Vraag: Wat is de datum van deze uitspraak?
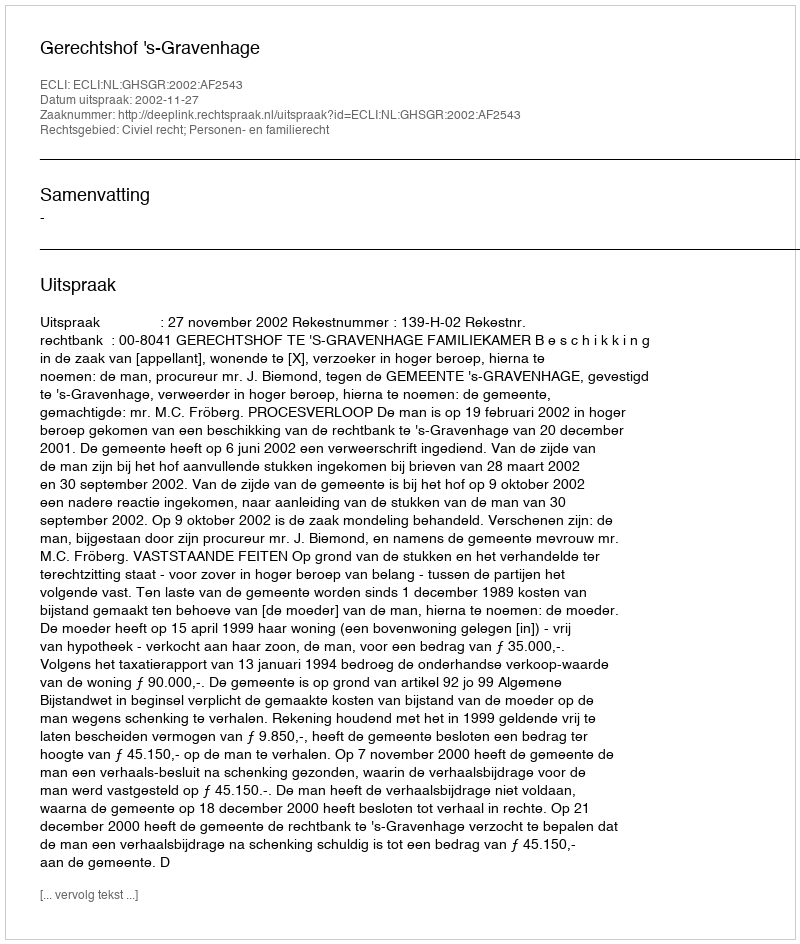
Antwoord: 2002-11-27